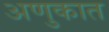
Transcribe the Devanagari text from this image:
अणुकात